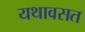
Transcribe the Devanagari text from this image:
यथावसत